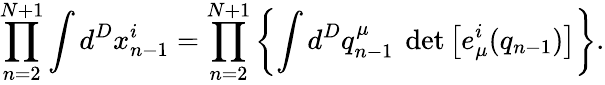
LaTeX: \prod_{n=2}^{N+1}\int d^{D}x_{n-1}^{i}=\prod_{n=2}^{N+1}\left\{ \int d^{D}q_{n-1}^{\mu}~\operatorname*{det}\left[e_{\mu}^{i}(q_{n-1})\right]\right\} .